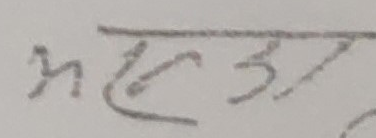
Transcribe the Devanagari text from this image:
अध्यक्ष